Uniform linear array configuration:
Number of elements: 16
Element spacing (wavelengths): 0.25
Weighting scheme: exponential
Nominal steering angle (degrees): -45
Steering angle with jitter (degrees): -43.936
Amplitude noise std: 0.05
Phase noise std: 0.05

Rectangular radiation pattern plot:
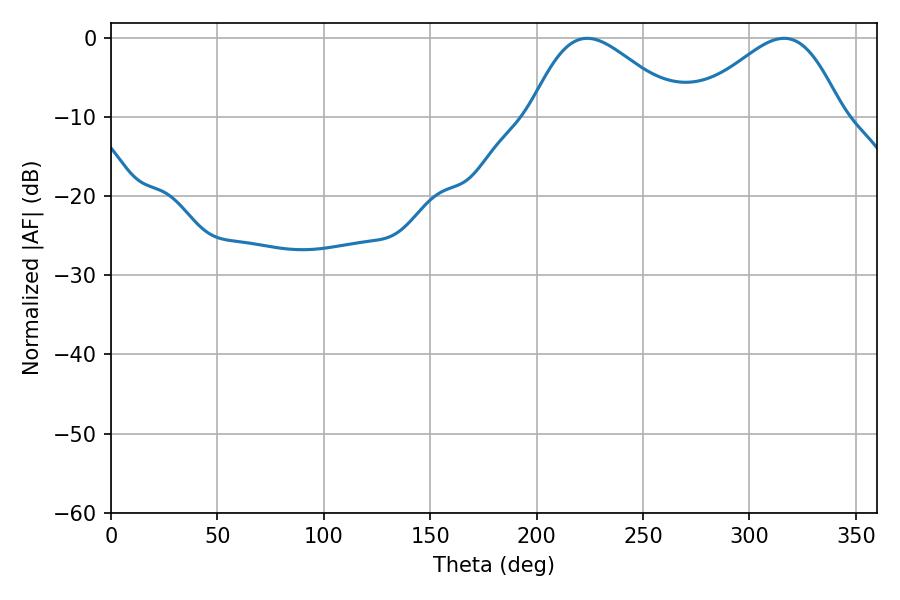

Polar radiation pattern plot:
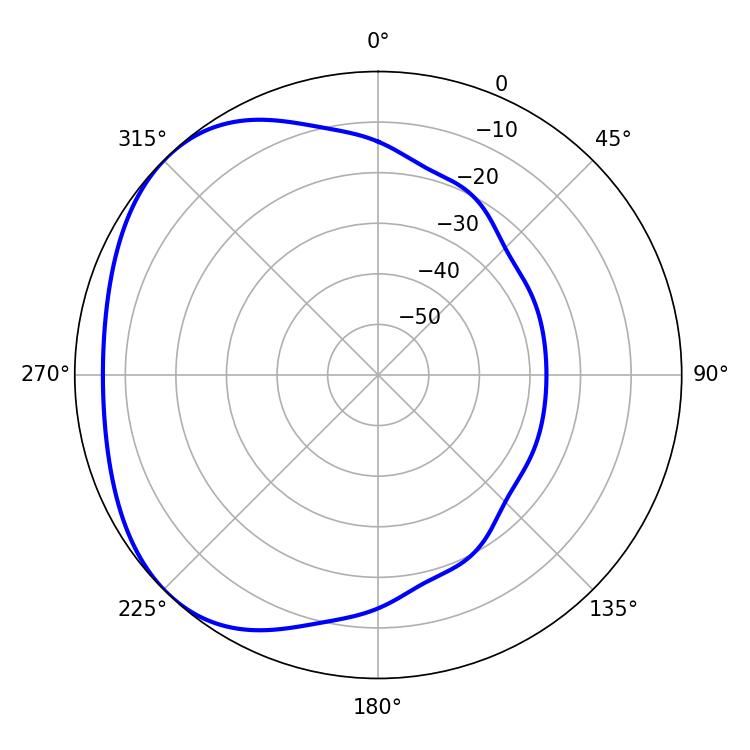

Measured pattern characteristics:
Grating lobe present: FALSE
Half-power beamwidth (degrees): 37.26
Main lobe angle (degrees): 223.74